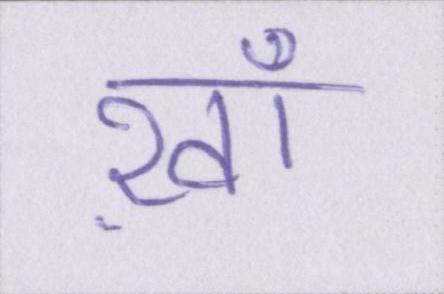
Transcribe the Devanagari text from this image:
ख़ाँ